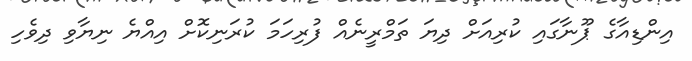
އިންޑިއާގެ ޕޫނާގައި ކުރިއަށް ދިޔަ ތަމްރީނެއް ފުރިހަމަ ކުރަނިކޮށް އިއްޔެ ނިޔާވި ދިވެހި